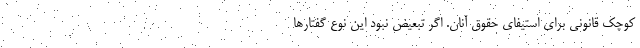
کوچک قانونی برای استیفای حقوق آنان. اگر تبعیض نبود این نوع گفتارها